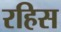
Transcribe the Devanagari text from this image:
रहिस